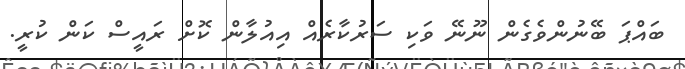
ބައްޕަ ބޭނުންވެގެން ނޫނޭ ވަކި ސަރުކާރެއް އިއުލާން ކޮށް ރައީސް ކަން ކުރީ.